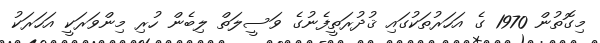
މިގޮތުން 1970 ގެ އަހަރުތަކުގައި ޤުދުރަތީފެނުގެ ވަސީލަތް ލިބެން ހުރި މިންވަރަކީ އަހަރަކު